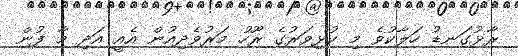
ރާޅުގަނޑު ހަލާކުވެ މި ކުޅިވަރުގެ ރޫހު މަރުވެދިއުން އެއީ އަދި މާ ފުން